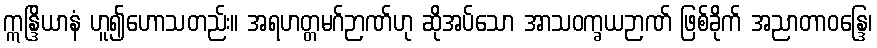
ဣန္ဒြိယာနံ ဟူ၍ဟောသတည်း။ အရဟတ္တမဂ်ဉာဏ်ဟု ဆိုအပ်သော အာသဝက္ခယဉာဏ် ဖြစ်ခိုက် အညာတာဝန္ဒြေ၊